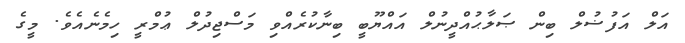
އަލް އަފުޟުލް ބިން ޞަލާޙުއްދީނުލް އައްޔޫބީ ބިނާކުރެއްވި މަސްޖިދުލް ޢުމްރީ ހިމެނެއެވެ. މީގެ